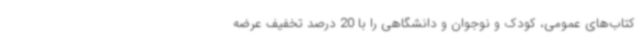
کتاب‌های عمومی، کودک و نوجوان و دانشگاهی را با 20 درصد تخفیف عرضه